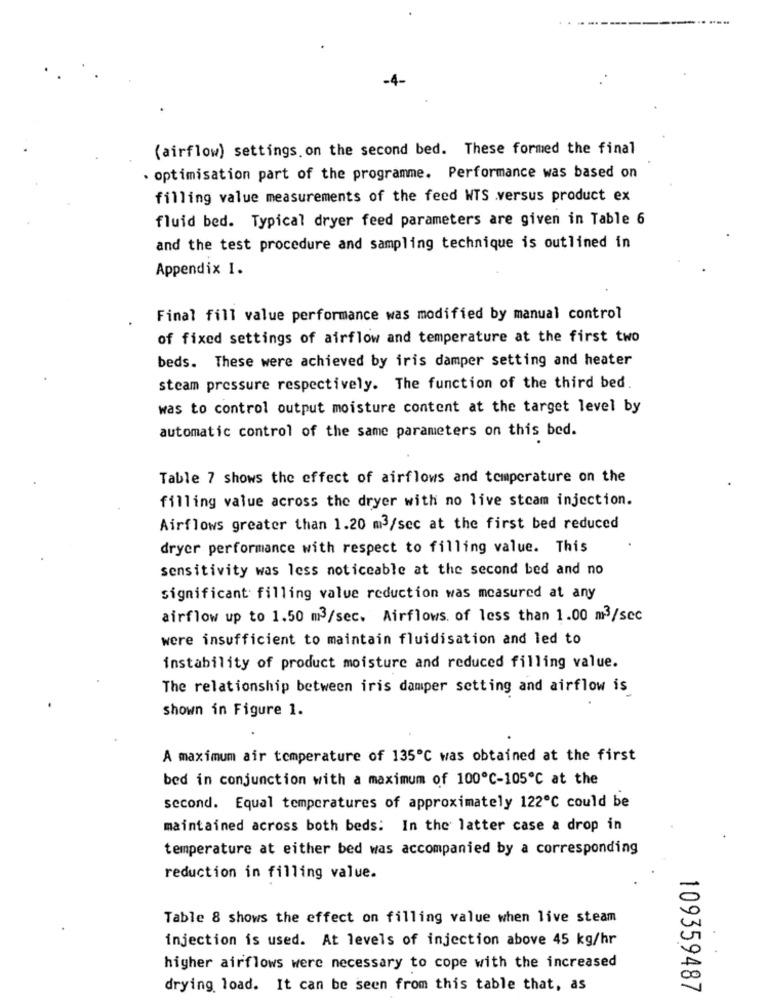
(airflow) settings. on the second bed. These formed the final
· optimisation part of the programme. Performance was based on
filling value measurements of the feed WTS .versus product ex
fluid bed. Typical dryer feed parameters are given in Table 6
and the test procedure and sampling technique is outlined in
Appendix I.
Final fill value performance was modified by manual control
of fixed settings of airflow and temperature at the first two
beds. These were achieved by iris damper setting and heater
steam pressure respectively. The function of the third bed.
was to control output moisture content at the target level by
automatic control of the same parameters on this bed.
Table 7 shows the effect of airflows and temperature on the
filling value across the dryer with no live steam injection.
Airflows greater than 1.20 m3/sec at the first bed reduced
dryer performance with respect to filling value. This
sensitivity was less noticeable at the second bed and no
significant filling value reduction was measured at any
airflow up to 1.50 m3/sec. Airflows. of less than 1.00 m3/sec
were insufficient to maintain fluidisation and led to
instability of product moisture and reduced filling value.
The relationship between iris damper setting and airflow is
shown in Figure 1.
A maximum air temperature of 135℃ was obtained at the first
bed in conjunction with a maximum of 100℃-105℃ at the
second. Equal temperatures of approximately 122℃ could be
maintained across both beds: In the latter case a drop in
temperature at either bed was accompanied by a corresponding
reduction in filling value.
Table 8 shows the effect on filling value when live steam
injection is used. At levels of injection above 45 kg/hr
higher airflows were necessary to cope with the increased
drying load. It can be seen from this table that, as
109359487